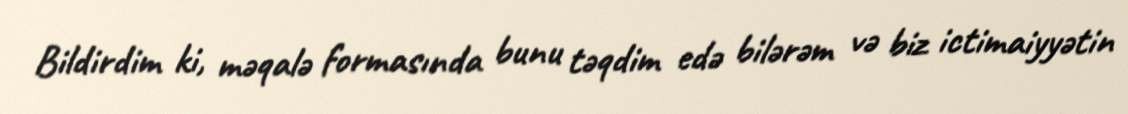
Bildirdim ki, məqalə formasında bunu təqdim edə bilərəm və biz ictimaiyyətin